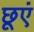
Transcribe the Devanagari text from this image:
छूएं